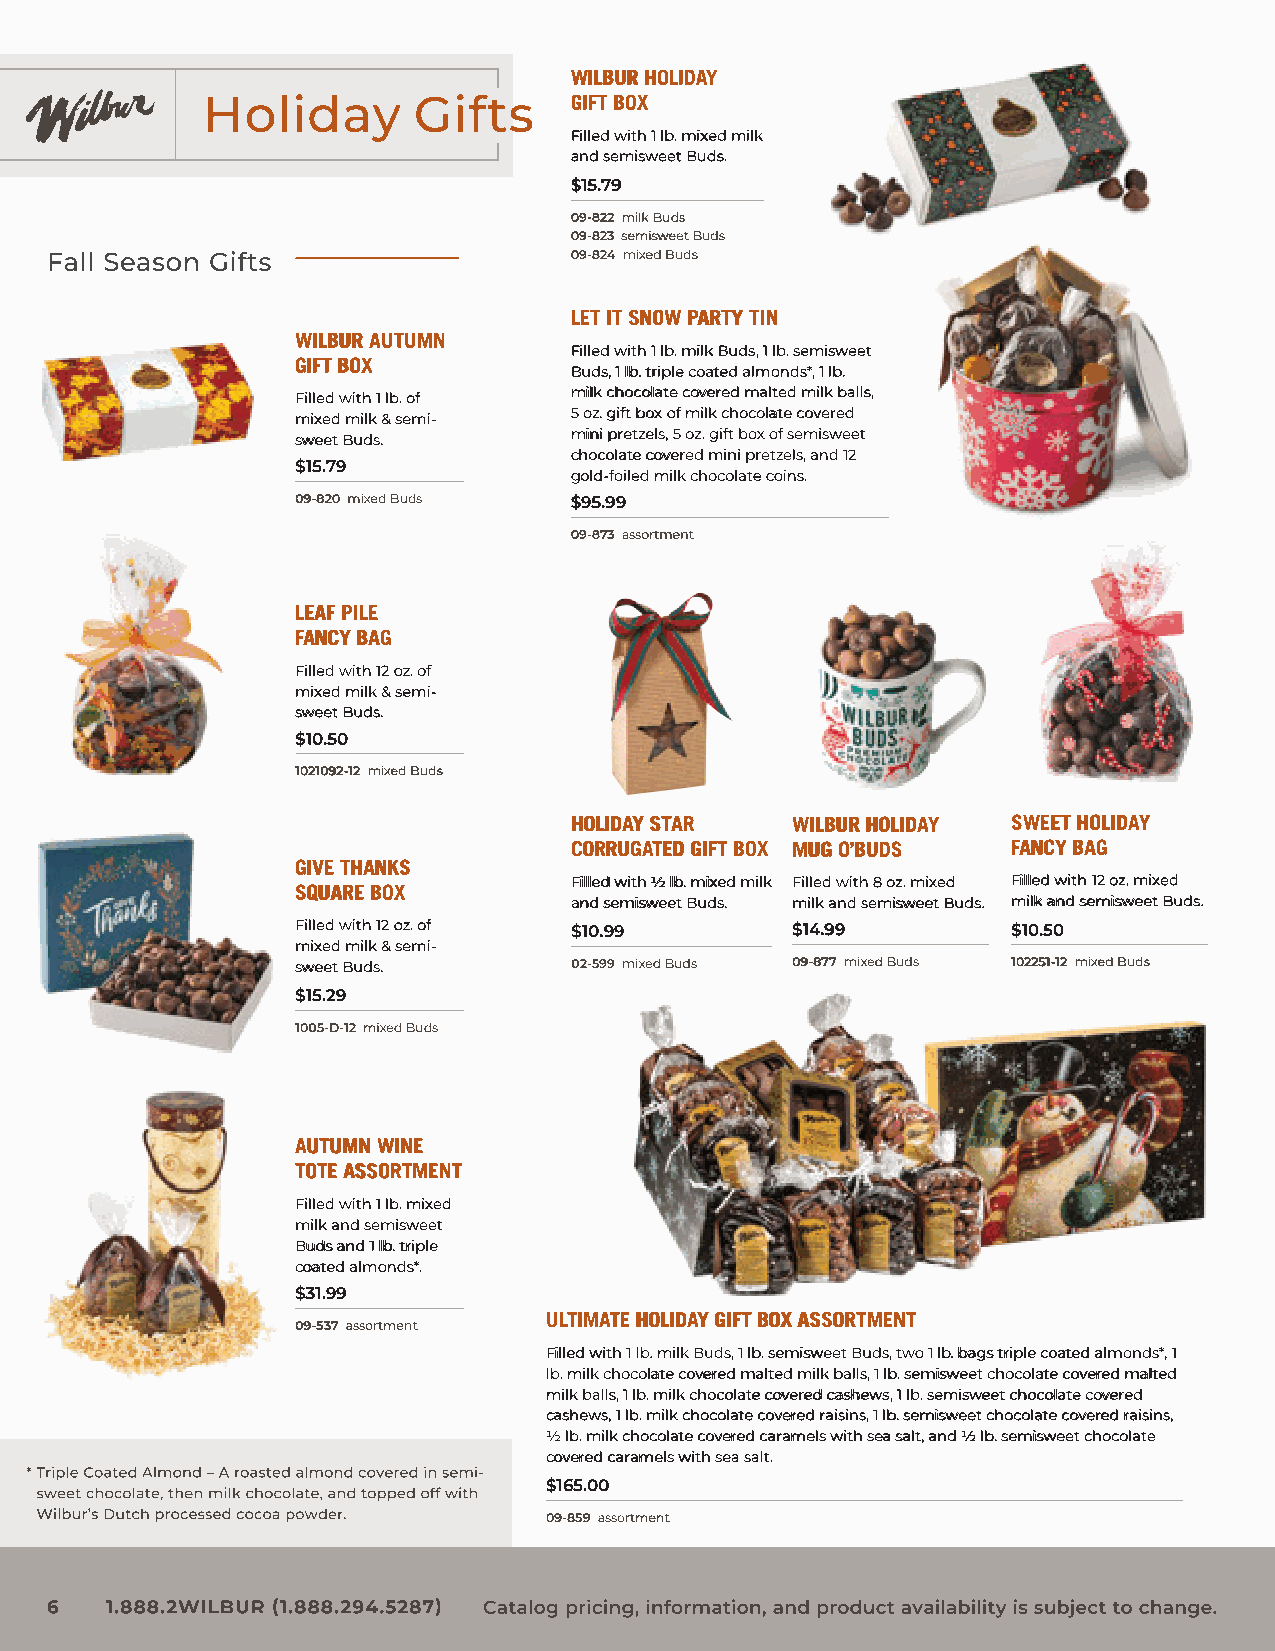
WILBUR HOLIDAY
 GIFT BOX
 Filled with 1 lb. mixed milk
 and semisweet Buds.
 $15.79
 09-822 milk Buds
 09-823 semisweet Buds
 09-824 mixed Buds
 LET IT SNOW PARTY TIN
 WILBUR AUTUMN
 Filled with 1 lb. milk Buds, 1 lb. semisweet
 GIFT BOX
 Buds, 1 lb. triple coated almonds*, 1 lb.
 Filled with 1 lb. of milk chocolate covered malted milk balls,
 mixed milk & semi- 5 oz. gift box of milk chocolate covered
 sweet Buds.       mini pretzels, 5 oz. gift box of semisweet
 chocolate covered mini pretzels, and 12
 $15.79
 gold-foiled milk chocolate coins.
 09-820 mixed Buds $95.99
 09-873 assortment
 LEAF PILE
 FANCY BAG
 Filled with 12 oz. of
 mixed milk & semi-
 sweet Buds.
 $10.50
 1021092-12 mixed Buds
 HOLIDAY STAR  WILBUR HOLIDAY SWEET HOLIDAY
 CORRUGATED GIFT BOX MUG O’BUDS FANCY BAG
 GIVE THANKS
 Filled with ½ lb. mixed milk Filled with 8 oz. mixed Filled with 12 oz. mixed
 SQUARE BOX
 and semisweet Buds. milk and semisweet Buds. milk and semisweet Buds.
 Filled with 12 oz. of $10.99    $14.99         $10.50
 mixed milk & semi-
 sweet Buds.       02-599 mixed Buds 09-877 mixed Buds 102251-12 mixed Buds
 $15.29
 1005-D-12 mixed Buds
 AUTUMN WINE
 TOTE ASSORTMENT
 Filled with 1 lb. mixed
 milk and semisweet
 Buds and 1 lb. triple
 coated almonds*.
 $31.99
 ULTIMATE HOLIDAY GIFT BOX ASSORTMENT
 09-537 assortment
 Filled with 1 lb. milk Buds, 1 lb. semisweet Buds, two 1 lb. bags triple coated almonds*, 1
 lb. milk chocolate covered malted milk balls, 1 lb. semisweet chocolate covered malted
 milk balls, 1 lb. milk chocolate covered cashews, 1 lb. semisweet chocolate covered
 cashews, 1 lb. milk chocolate covered raisins, 1 lb. semisweet chocolate covered raisins,
 ½ lb. milk chocolate covered caramels with sea salt, and ½ lb. semisweet chocolate
 covered caramels with sea salt.
 $165.00
 09-859 assortment